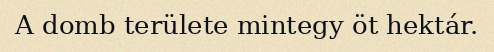
A domb területe mintegy öt hektár.